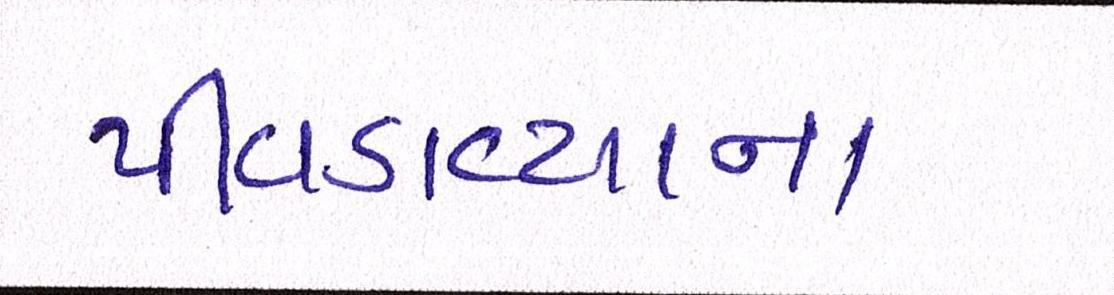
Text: પીવડાવ્યાના